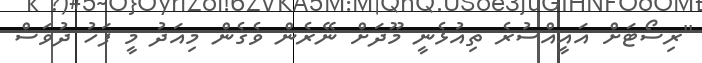
''ރިސޯޓަށް އައީއްސުރެ ތިއުޅެނީ މޫދަށް ނޭރެން ވެގެން މިއަދު މީ ފަހު ދުވަސް